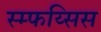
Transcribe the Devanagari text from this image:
स्म्फय्सिस